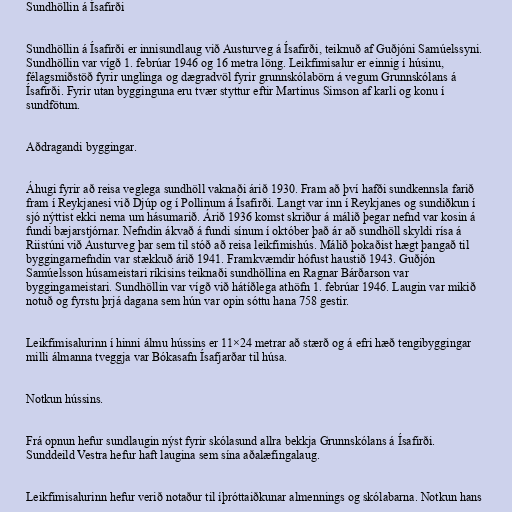
Sundhöllin á Ísafirði

Sundhöllin á Ísafirði er innisundlaug við Austurveg á Ísafirði, teiknuð af Guðjóni Samúelssyni.
Sundhöllin var vígð 1. febrúar 1946 og 16 metra löng. Leikfimisalur er einnig í húsinu,
félagsmiðstöð fyrir unglinga og dægradvöl fyrir grunnskólabörn á vegum Grunnskólans á
Ísafirði. Fyrir utan bygginguna eru tvær styttur eftir Martinus Simson af karli og konu í
sundfötum.

Aðdragandi byggingar.

Áhugi fyrir að reisa veglega sundhöll vaknaði árið 1930. Fram að því hafði sundkennsla farið
fram í Reykjanesi við Djúp og í Pollinum á Ísafirði. Langt var inn í Reykjanes og sundiðkun í
sjó nýttist ekki nema um hásumarið. Árið 1936 komst skriður á málið þegar nefnd var kosin á
fundi bæjarstjórnar. Nefndin ákvað á fundi sínum í október það ár að sundhöll skyldi rísa á
Riistúni við Austurveg þar sem til stóð að reisa leikfimishús. Málið þokaðist hægt þangað til
byggingarnefndin var stækkuð árið 1941. Framkvæmdir hófust haustið 1943. Guðjón
Samúelsson húsameistari ríkisins teiknaði sundhöllina en Ragnar Bárðarson var
byggingameistari. Sundhöllin var vígð við hátíðlega athöfn 1. febrúar 1946. Laugin var mikið
notuð og fyrstu þrjá dagana sem hún var opin sóttu hana 758 gestir.

Leikfimisalurinn í hinni álmu hússins er 11×24 metrar að stærð og á efri hæð tengibyggingar
milli álmanna tveggja var Bókasafn Ísafjarðar til húsa.

Notkun hússins.

Frá opnun hefur sundlaugin nýst fyrir skólasund allra bekkja Grunnskólans á Ísafirði.
Sunddeild Vestra hefur haft laugina sem sína aðalæfingalaug.

Leikfimisalurinn hefur verið notaður til íþróttaiðkunar almennings og skólabarna. Notkun hans